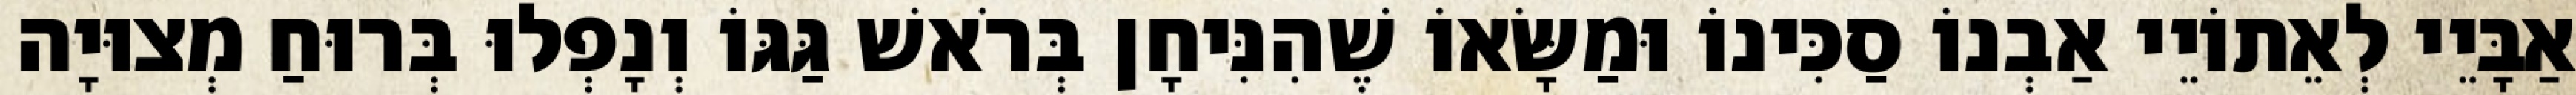
אַבָּיֵי לְאֵתוֹיֵי אַבְנוֹ סַכִּינוֹ וּמַשָּׂאוֹ שֶׁהִנִּיחָן בְּרֹאשׁ גַּגּוֹ וְנָפְלוּ בְּרוּחַ מְצוּיָה